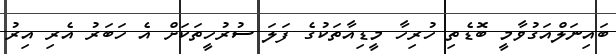
ބައިނަލްއަގުވާމީ ބޮޑެތި ހުރިހާ މީޑިއާތަކުގެ ފަލަ ސުރުހީތަކަށް އެ ހަބަރު އެރި އިރު